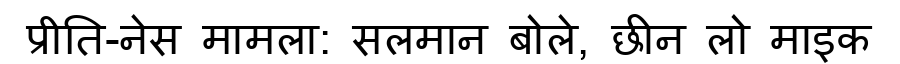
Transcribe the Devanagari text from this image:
प्रीति-नेस मामला: सलमान बोले, छीन लो माइक